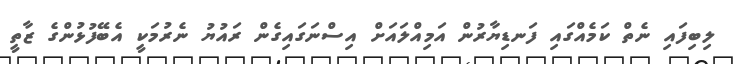
ލިބިފައި ނެތް ކަމެއްގައި ފަނޑިޔާރުން އަމިއްލައަށް އިސްނަގައިގެން ރައުޔު ނެރުމަކީ އެބޭފުޅުންގެ ޒާތީ